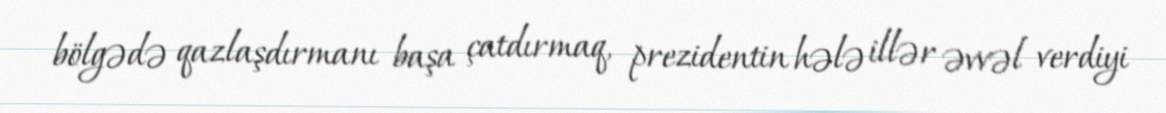
bölgədə qazlaşdırmanı başa çatdırmaq, prezidentin hələ illər əvvəl verdiyi